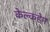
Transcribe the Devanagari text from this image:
केल्कहेम